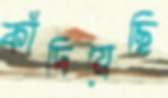
কাঁদিয়েছি